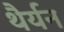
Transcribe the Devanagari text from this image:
थैर्यन